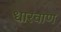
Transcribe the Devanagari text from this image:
धारवाण